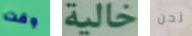
وقت خالية نحن